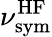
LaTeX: \nu_{\mathrm{sym}}^{\mathrm{HF}}